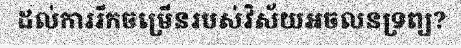
ដល់ការរីកចម្រើនរបស់វិស័យអចលនទ្រព្យ?